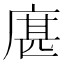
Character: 𢉮